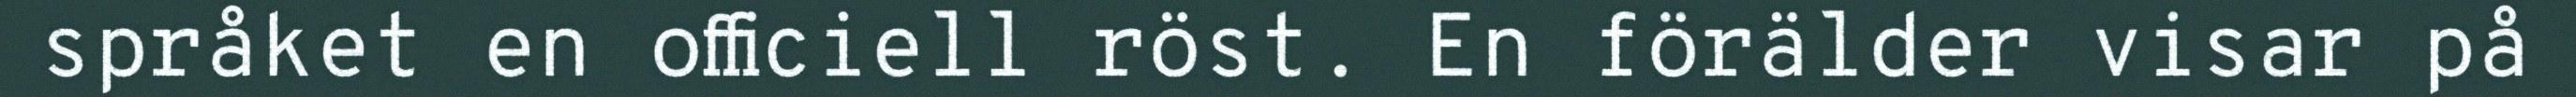
språket en officiell röst. En förälder visar på